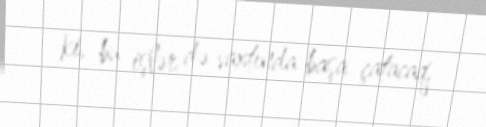
ki, bu işlər də vaxtında başa çatacaq.